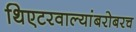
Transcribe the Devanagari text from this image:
थिएटरवाल्यांबरोबरच